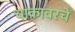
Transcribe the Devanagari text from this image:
चाकावरचे